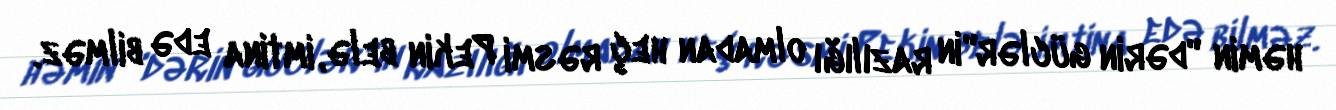
həmin "dərin güclər"in razılığı olmadan heç rəsmi Pekin belə, imtina edə bilməz.